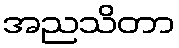
အညသိတာ